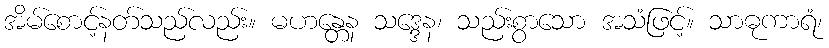
အိမ်စောင့်နတ်သည်လည်း။ မဟန္တေန သဒ္ဒေန၊ သည်းစွာသော အသံဖြင့်။ သာဓုကာရံ၊